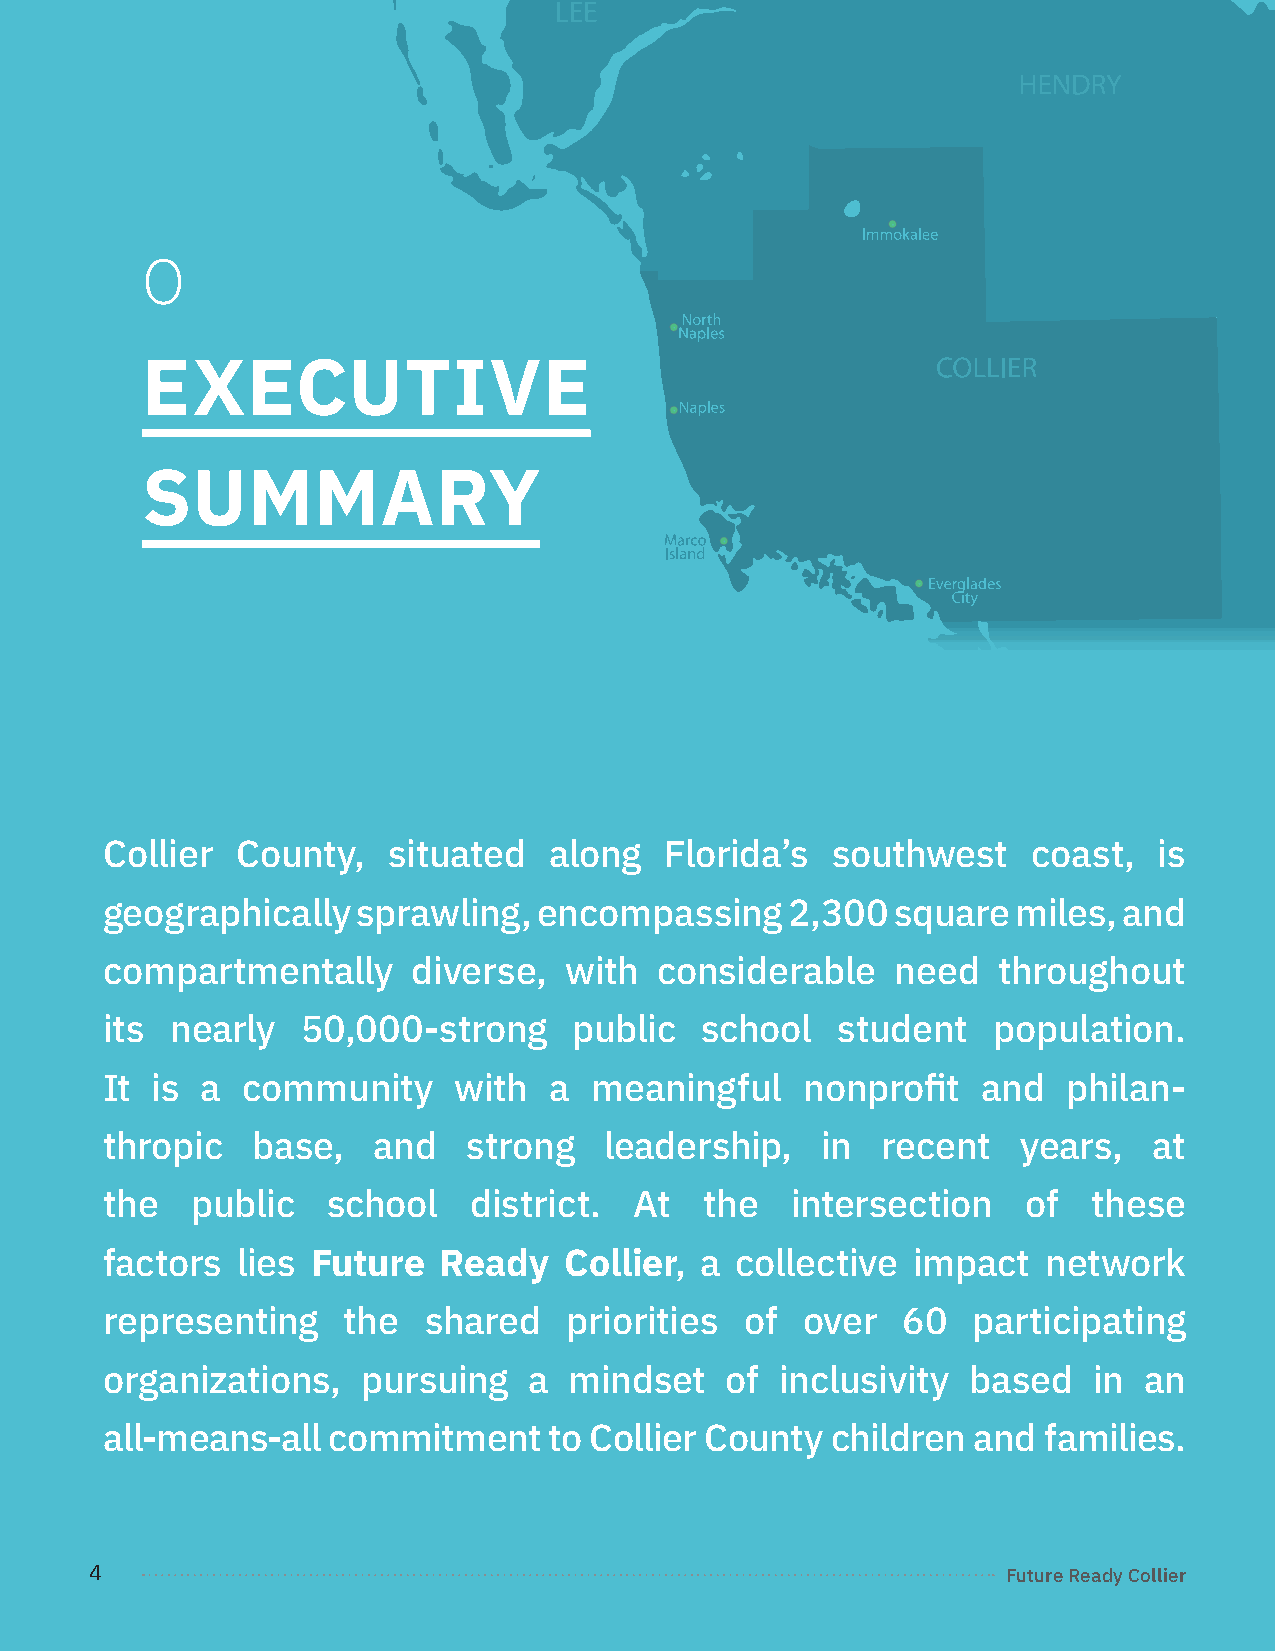
0
 EXECUTIVE
 SUMMARY
 Collier  County,   situated  along   Florida’s  southwest    coast,   is
 geographically   sprawling,  encompassing    2,300  square  miles, and
 compartmentally     diverse,  with   considerable   need   throughout
 its nearly   50,000-strong     public  school   student    population.
 It is a  community     with  a  meaningful    nonprofit   and   philan-
 thropic   base,   and   strong   leadership,   in  recent    years,  at
 the   public   school   district.  At   the  intersection    of  these
 factors  lies Future  Ready   Collier, a  collective impact   network
 representing    the  shared    priorities of  over   60  participating
 organizations,   pursuing   a  mindset   of  inclusivity based   in  an
 all-means-all  commitment    to Collier County  children and  families.
 4                                                            Future Ready Collier